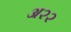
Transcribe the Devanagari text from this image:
अ२२